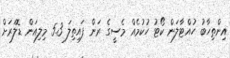
އިންތިހާބު ހުއްޓާލަން ކޯޓު ހުކުމެއް މެސީގެ ރަން ފައިތިލަ 5.3 މިލިއަން ޑޮލަރަށް